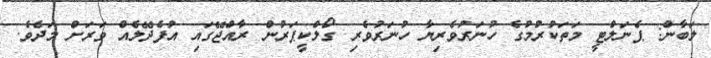
ލަބާން: ޕެނަލްޓީ މަތަކުރުމުގެ ހުނަރުވެރިޔާ ހުނަރުވެރި ގޯލްކީޕަރުން ރާއްޖޭގައި އުފެދޭލެއް ވަރަށް މަދެވެ.